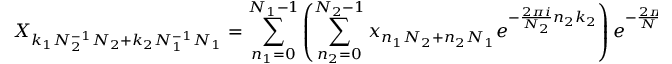
X _ { k _ { 1 } N _ { 2 } ^ { - 1 } N _ { 2 } + k _ { 2 } N _ { 1 } ^ { - 1 } N _ { 1 } } = \sum _ { n _ { 1 } = 0 } ^ { N _ { 1 } - 1 } \left( \sum _ { n _ { 2 } = 0 } ^ { N _ { 2 } - 1 } x _ { n _ { 1 } N _ { 2 } + n _ { 2 } N _ { 1 } } e ^ { - { \frac { 2 \pi i } { N _ { 2 } } } n _ { 2 } k _ { 2 } } \right) e ^ { - { \frac { 2 \pi i } { N _ { 1 } } } n _ { 1 } k _ { 1 } } .